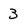
Character: 3